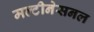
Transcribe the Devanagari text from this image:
मल्टीनेसनल